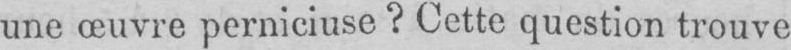
une œuvre perniciuse? Cette question trouve